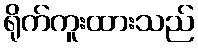
ရိုက်ကူးထားသည်